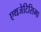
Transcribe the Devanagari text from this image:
एथजेटिसिमा